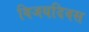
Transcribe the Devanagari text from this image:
विजयदिवस